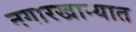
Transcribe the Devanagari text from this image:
नगारखान्यात